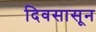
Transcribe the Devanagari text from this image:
दिवसासून